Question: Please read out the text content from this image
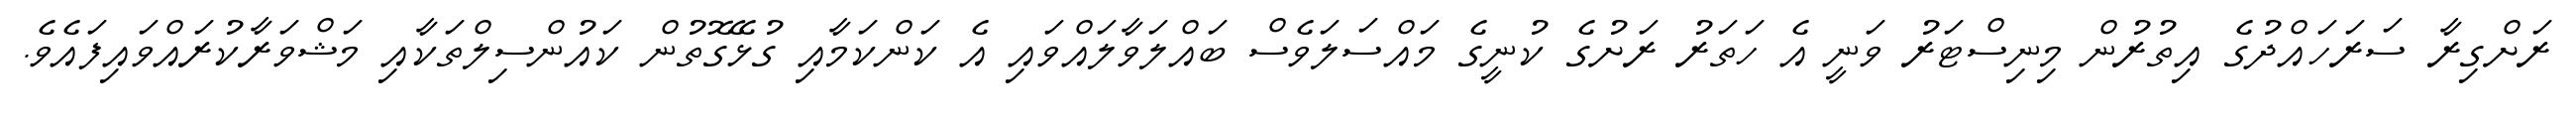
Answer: ރަށްގިރާ ސަރަހައްދުގެ އިތުރުން މިނިސްޓަރު ވަނީ އެ ހަތަރު ރަށުގެ ކުނީގެ މައްސަލަވެސް ބައްލަވާލައްވައި އެ ކަންކަމާއި ގުޅޭގޮތުން ކައުންސިލްތަކާއި މަޝްވަރާކުރައްވައިފައެވެ.